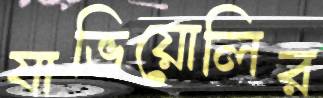
যাভিয়োলির